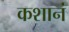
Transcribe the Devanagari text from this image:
कशानं